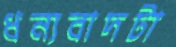
ধন্যবাদটা